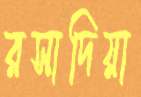
রসাদিয়া